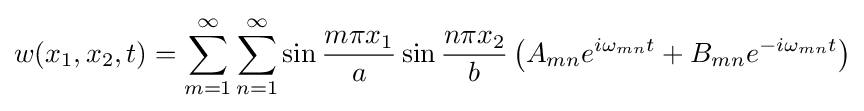
w(x_{1},x_{2},t)=\sum _{m=1}^{\infty }\sum _{n=1}^{\infty }\sin {\frac {m\pi x_{1}}{a}}\sin {\frac {n\pi x_{2}}{b}}\left(A_{mn}e^{i\omega _{mn}t}+B_{mn}e^{-i\omega _{mn}t}\right)